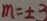
m = \pm 3